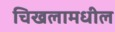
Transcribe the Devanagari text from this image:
चिखलामधील